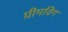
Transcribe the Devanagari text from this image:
ग्रीमविग